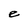
Character: e